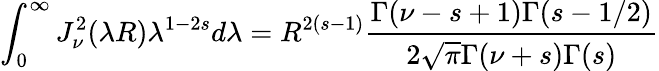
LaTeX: \int_{0}^{\infty}J_{\nu}^{2}(\lambda R)\lambda^{1-2s}d\lambda=R^{2(s-1)}\frac{\Gamma(\nu-s+1)\Gamma(s-1/2)}{2\sqrt{\pi}\Gamma(\nu+s)\Gamma(s)}